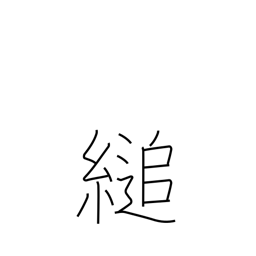
Meaning: hang on